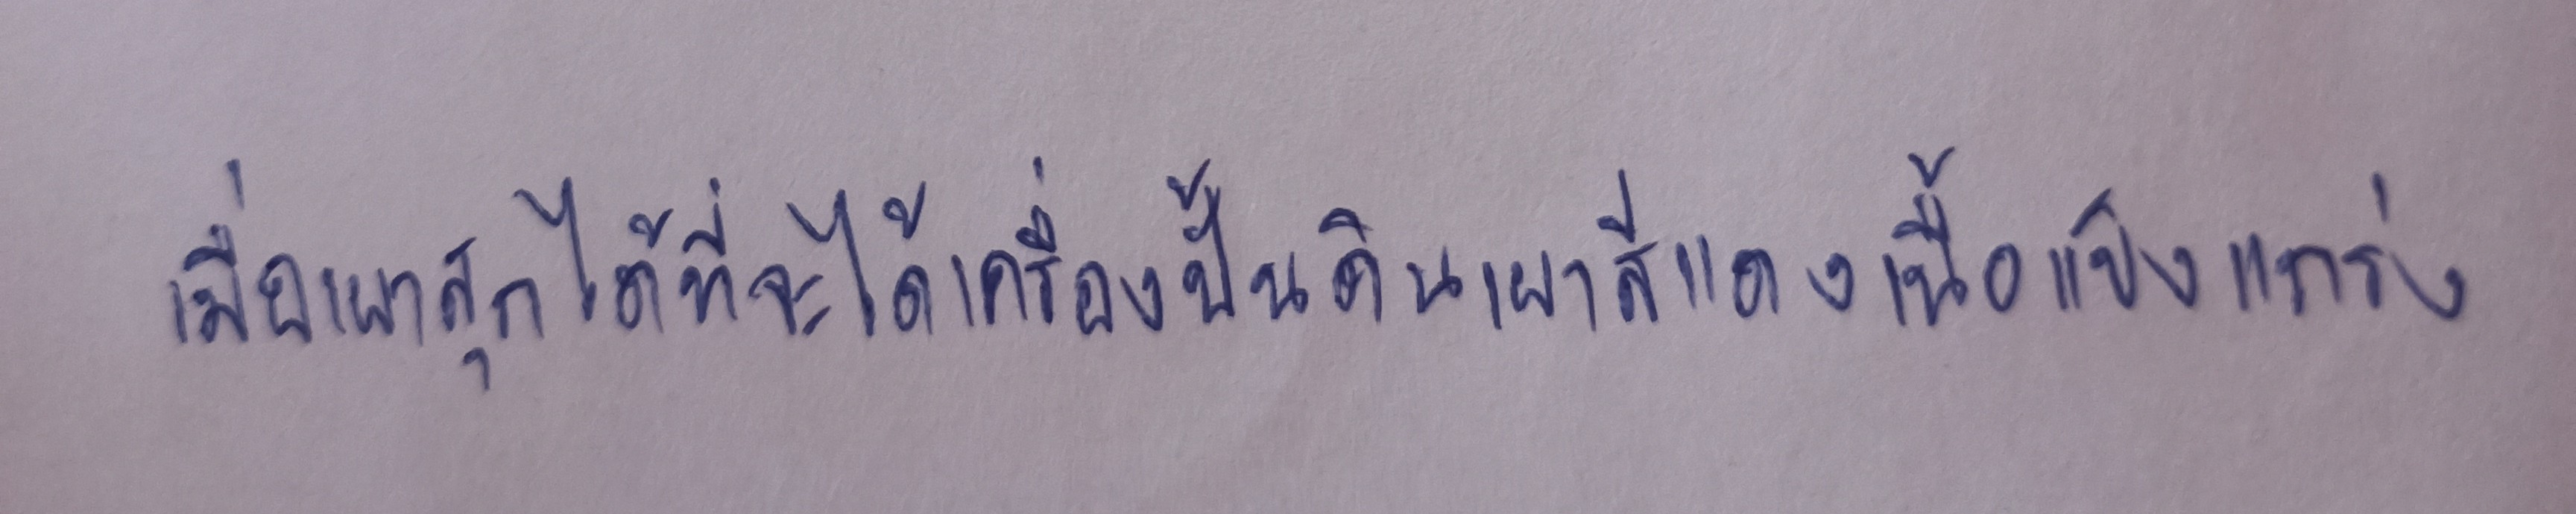
เมื่อเผาสุกได้ที่จะได้เครื่องปั้นดินเผาสีแดงเนื้อแข็งแกร่ง